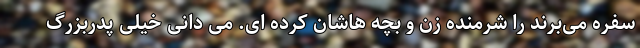
سفره می‌برند را شرمنده زن و بچه هاشان کرده ای. می دانی خیلی پدربزرگ